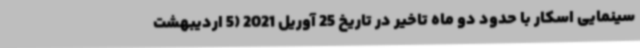
سینمایی اسکار با حدود دو ماه تاخیر در تاریخ 25 آوریل 2021 (5 اردیبهشت